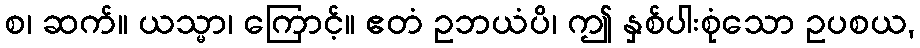
စ၊ ဆက်။ ယသ္မာ၊ ကြောင့်။ ဧတံ ဥဘယံပိ၊ ဤ နှစ်ပါးစုံသော ဥပစယ,